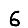
Digit: 6